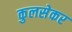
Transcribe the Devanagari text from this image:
कुलसेकर